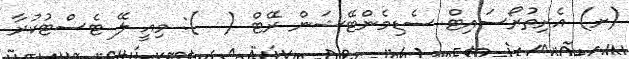
(ށ) އެރިތުރޯސައިޓް ސެޑިމެންޓޭޝަން ރޭޓް (  ): މިއީ ލޭ ޓެސްޓުކުރާ